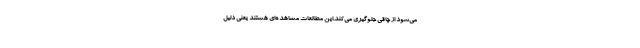
می‌شود از چاقی جلوگیری می‌کند.این مطالعات مشاهده‌ای هستند یعنی دلیل